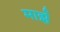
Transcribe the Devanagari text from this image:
मार्झ